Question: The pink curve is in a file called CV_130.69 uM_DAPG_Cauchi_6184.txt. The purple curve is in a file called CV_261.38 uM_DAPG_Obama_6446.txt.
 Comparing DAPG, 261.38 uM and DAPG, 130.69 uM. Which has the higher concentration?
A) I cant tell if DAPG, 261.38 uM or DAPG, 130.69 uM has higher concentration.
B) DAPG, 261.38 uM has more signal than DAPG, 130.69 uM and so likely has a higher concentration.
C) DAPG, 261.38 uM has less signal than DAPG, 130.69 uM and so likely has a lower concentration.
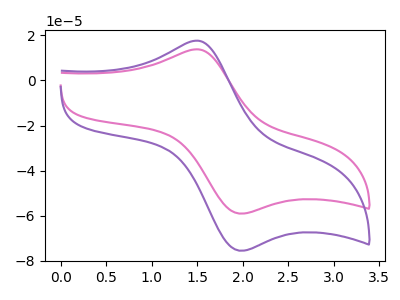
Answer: <think>The pink curve "DAPG, 130.69 uM" has an anodic peak at (1.50V, 13.75uA) and a cathodic peak at (2.00V, -59.05uA). The purple curve "DAPG, 261.38 uM" has an anodic peak at (1.50V, 17.60uA) and a cathodic peak at (2.00V, -75.50uA).
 All the peaks in "DAPG, 261.38 uM" have a peak in "DAPG, 130.69 uM" at the same potential. Every peak in "DAPG, 261.38 uM" is higher than every peak in "DAPG, 130.69 uM".</think>
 <answer>B) "DAPG, 261.38 uM" has more signal than "DAPG, 130.69 uM" and so likely has a higher concentration.</answer>
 <eval>B</eval>